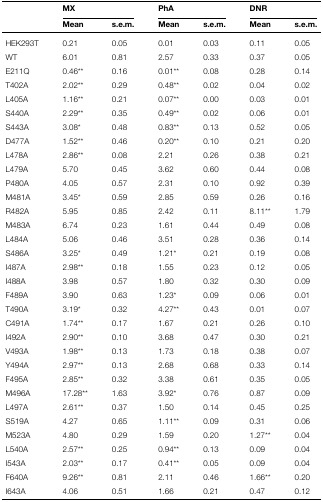
<table><thead><tr><td rowspan="2"></td><td colspan="2"><b>MX</b></td><td colspan="2"><b>PhA</b></td><td colspan="2"><b>DNR</b></td></tr><tr><td><b>Mean</b></td><td><b>s.e.m.</b></td><td><b>Mean</b></td><td><b>s.e.m.</b></td><td><b>Mean</b></td><td><b>s.e.m.</b></td></tr></thead><tbody><tr><td>HEK293T</td><td>0.21</td><td>0.05</td><td>0.01</td><td>0.03</td><td>0.11</td><td>0.05</td></tr><tr><td>WT</td><td>6.01</td><td>0.81</td><td>2.57</td><td>0.33</td><td>0.37</td><td>0.05</td></tr><tr><td>E211Q</td><td>0.46**</td><td>0.16</td><td>0.01**</td><td>0.08</td><td>0.28</td><td>0.14</td></tr><tr><td>T402A</td><td>2.02**</td><td>0.29</td><td>0.48**</td><td>0.02</td><td>0.04</td><td>0.02</td></tr><tr><td>L405A</td><td>1.16**</td><td>0.21</td><td>0.07**</td><td>0.00</td><td>0.03</td><td>0.01</td></tr><tr><td>S440A</td><td>2.29**</td><td>0.35</td><td>0.49**</td><td>0.02</td><td>0.06</td><td>0.01</td></tr><tr><td>S443A</td><td>3.08*</td><td>0.48</td><td>0.83**</td><td>0.13</td><td>0.52</td><td>0.05</td></tr><tr><td>D477A</td><td>1.52**</td><td>0.46</td><td>0.20**</td><td>0.10</td><td>0.21</td><td>0.20</td></tr><tr><td>L478A</td><td>2.86**</td><td>0.08</td><td>2.21</td><td>0.26</td><td>0.38</td><td>0.21</td></tr><tr><td>L479A</td><td>5.70</td><td>0.45</td><td>3.62</td><td>0.60</td><td>0.44</td><td>0.08</td></tr><tr><td>P480A</td><td>4.05</td><td>0.57</td><td>2.31</td><td>0.10</td><td>0.92</td><td>0.39</td></tr><tr><td>M481A</td><td>3.45*</td><td>0.59</td><td>2.85</td><td>0.59</td><td>0.26</td><td>0.16</td></tr><tr><td>R482A</td><td>5.95</td><td>0.85</td><td>2.42</td><td>0.11</td><td>8.11**</td><td>1.79</td></tr><tr><td>M483A</td><td>6.74</td><td>0.23</td><td>1.61</td><td>0.44</td><td>0.49</td><td>0.08</td></tr><tr><td>L484A</td><td>5.06</td><td>0.46</td><td>3.51</td><td>0.28</td><td>0.36</td><td>0.14</td></tr><tr><td>S486A</td><td>3.25*</td><td>0.49</td><td>1.21*</td><td>0.21</td><td>0.19</td><td>0.08</td></tr><tr><td>I487A</td><td>2.98**</td><td>0.18</td><td>1.55</td><td>0.23</td><td>0.12</td><td>0.05</td></tr><tr><td>I488A</td><td>3.98</td><td>0.57</td><td>1.80</td><td>0.32</td><td>0.30</td><td>0.09</td></tr><tr><td>F489A</td><td>3.90</td><td>0.63</td><td>1.23*</td><td>0.09</td><td>0.06</td><td>0.01</td></tr><tr><td>T490A</td><td>3.19*</td><td>0.32</td><td>4.27**</td><td>0.43</td><td>0.01</td><td>0.07</td></tr><tr><td>C491A</td><td>1.74**</td><td>0.17</td><td>1.67</td><td>0.21</td><td>0.26</td><td>0.10</td></tr><tr><td>I492A</td><td>2.90**</td><td>0.10</td><td>3.68</td><td>0.47</td><td>0.30</td><td>0.21</td></tr><tr><td>V493A</td><td>1.98**</td><td>0.13</td><td>1.73</td><td>0.18</td><td>0.38</td><td>0.07</td></tr><tr><td>Y494A</td><td>2.97**</td><td>0.13</td><td>2.68</td><td>0.68</td><td>0.33</td><td>0.14</td></tr><tr><td>F495A</td><td>2.85**</td><td>0.32</td><td>3.38</td><td>0.61</td><td>0.35</td><td>0.05</td></tr><tr><td>M496A</td><td>17.28**</td><td>1.63</td><td>3.92*</td><td>0.76</td><td>0.87</td><td>0.09</td></tr><tr><td>L497A</td><td>2.61**</td><td>0.37</td><td>1.50</td><td>0.14</td><td>0.45</td><td>0.25</td></tr><tr><td>S519A</td><td>4.27</td><td>0.65</td><td>1.11**</td><td>0.09</td><td>0.31</td><td>0.06</td></tr><tr><td>M523A</td><td>4.80</td><td>0.29</td><td>1.59</td><td>0.20</td><td>1.27**</td><td>0.04</td></tr><tr><td>L540A</td><td>2.57**</td><td>0.25</td><td>0.94**</td><td>0.13</td><td>0.09</td><td>0.04</td></tr><tr><td>I543A</td><td>2.03**</td><td>0.17</td><td>0.41**</td><td>0.05</td><td>0.09</td><td>0.04</td></tr><tr><td>F640A</td><td>9.26**</td><td>0.81</td><td>2.11</td><td>0.46</td><td>1.66**</td><td>0.20</td></tr><tr><td>I643A</td><td>4.06</td><td>0.51</td><td>1.66</td><td>0.21</td><td>0.47</td><td>0.12</td></tr></tbody></table>